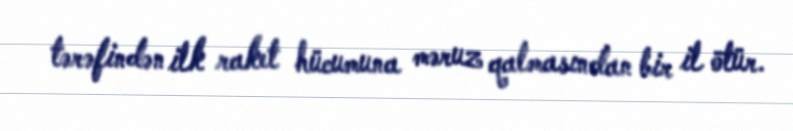
tərəfindən ilk raket hücumuna məruz qalmasından bir il ötür.